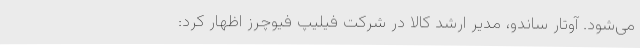
می‌شود. آوتار ساندو، مدیر ارشد کالا در شرکت فیلیپ فیوچرز اظهار کرد: